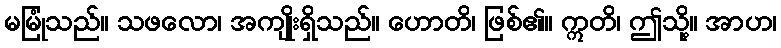
မမြုံသည်။ သဖလော၊ အကျိုးရှိသည်။ ဟောတိ၊ ဖြစ်၏။ ဣတိ၊ ဤသို့။ အာဟ၊